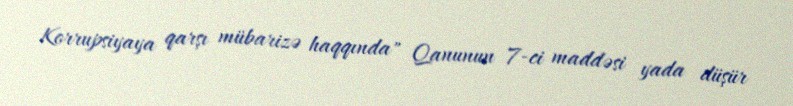
Korrupsiyaya qarşı mübarizə haqqında" Qanunun 7-ci maddəsi yada düşür